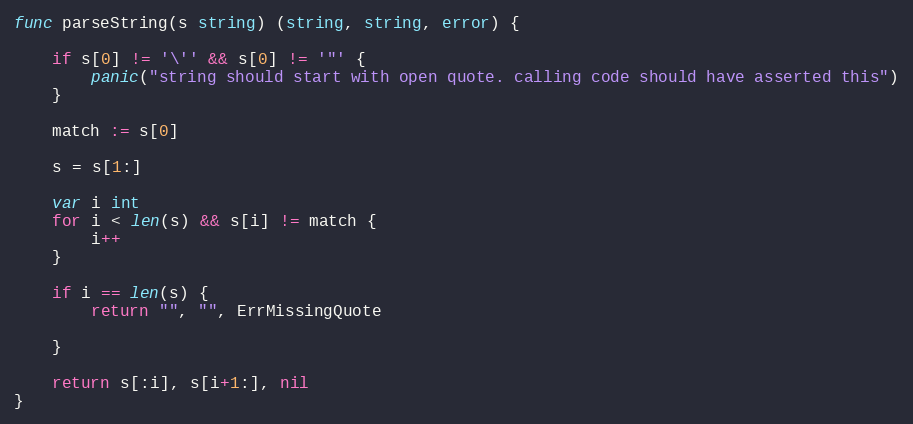
Language: Go
func parseString(s string) (string, string, error) {

	if s[0] != '\'' && s[0] != '"' {
		panic("string should start with open quote. calling code should have asserted this")
	}

	match := s[0]

	s = s[1:]

	var i int
	for i < len(s) && s[i] != match {
		i++
	}

	if i == len(s) {
		return "", "", ErrMissingQuote

	}

	return s[:i], s[i+1:], nil
}